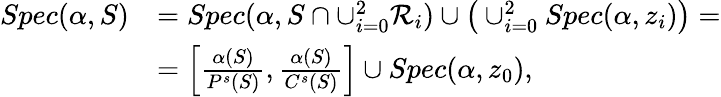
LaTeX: \begin{array}{rl}{Spec(\alpha,S)}&{=Spec(\alpha,S\cap\cup_{i=0}^{2}\mathcal{R}_{i})\cup\big(\cup_{i=0}^{2}Spec(\alpha,z_{i})\big)=}\\ &{=\left[\frac{\alpha(S)}{P^{s}(S)},\frac{\alpha(S)}{C^{s}(S)}\right]\cup Spec(\alpha,z_{0}),}\end{array}